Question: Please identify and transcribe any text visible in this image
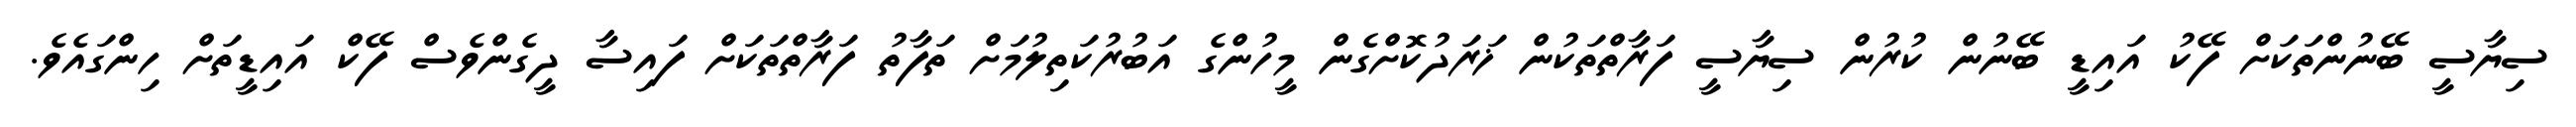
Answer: ސިޔާސީ ބޭނުންތަކަށް ފޭކު އައިޑީ ބޭނުން ކުރުން ސިޔާސީ ފަރާތްތަކުން ޚަރަދުކޮށްގެން މީހުންގެ އަބުރުކަތިލުމަށް ތަފާތު ފަރާތްތަކަށް ފައިސާ ދީގެންވެސް ފޭކް އައިޑީތަށް ހިންގައެވެ.